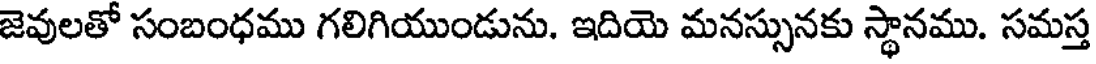
జెవులతో సంబంధము గలిగియుండును. ఇదియె మనస్సునకు స్థానము. సమస్త